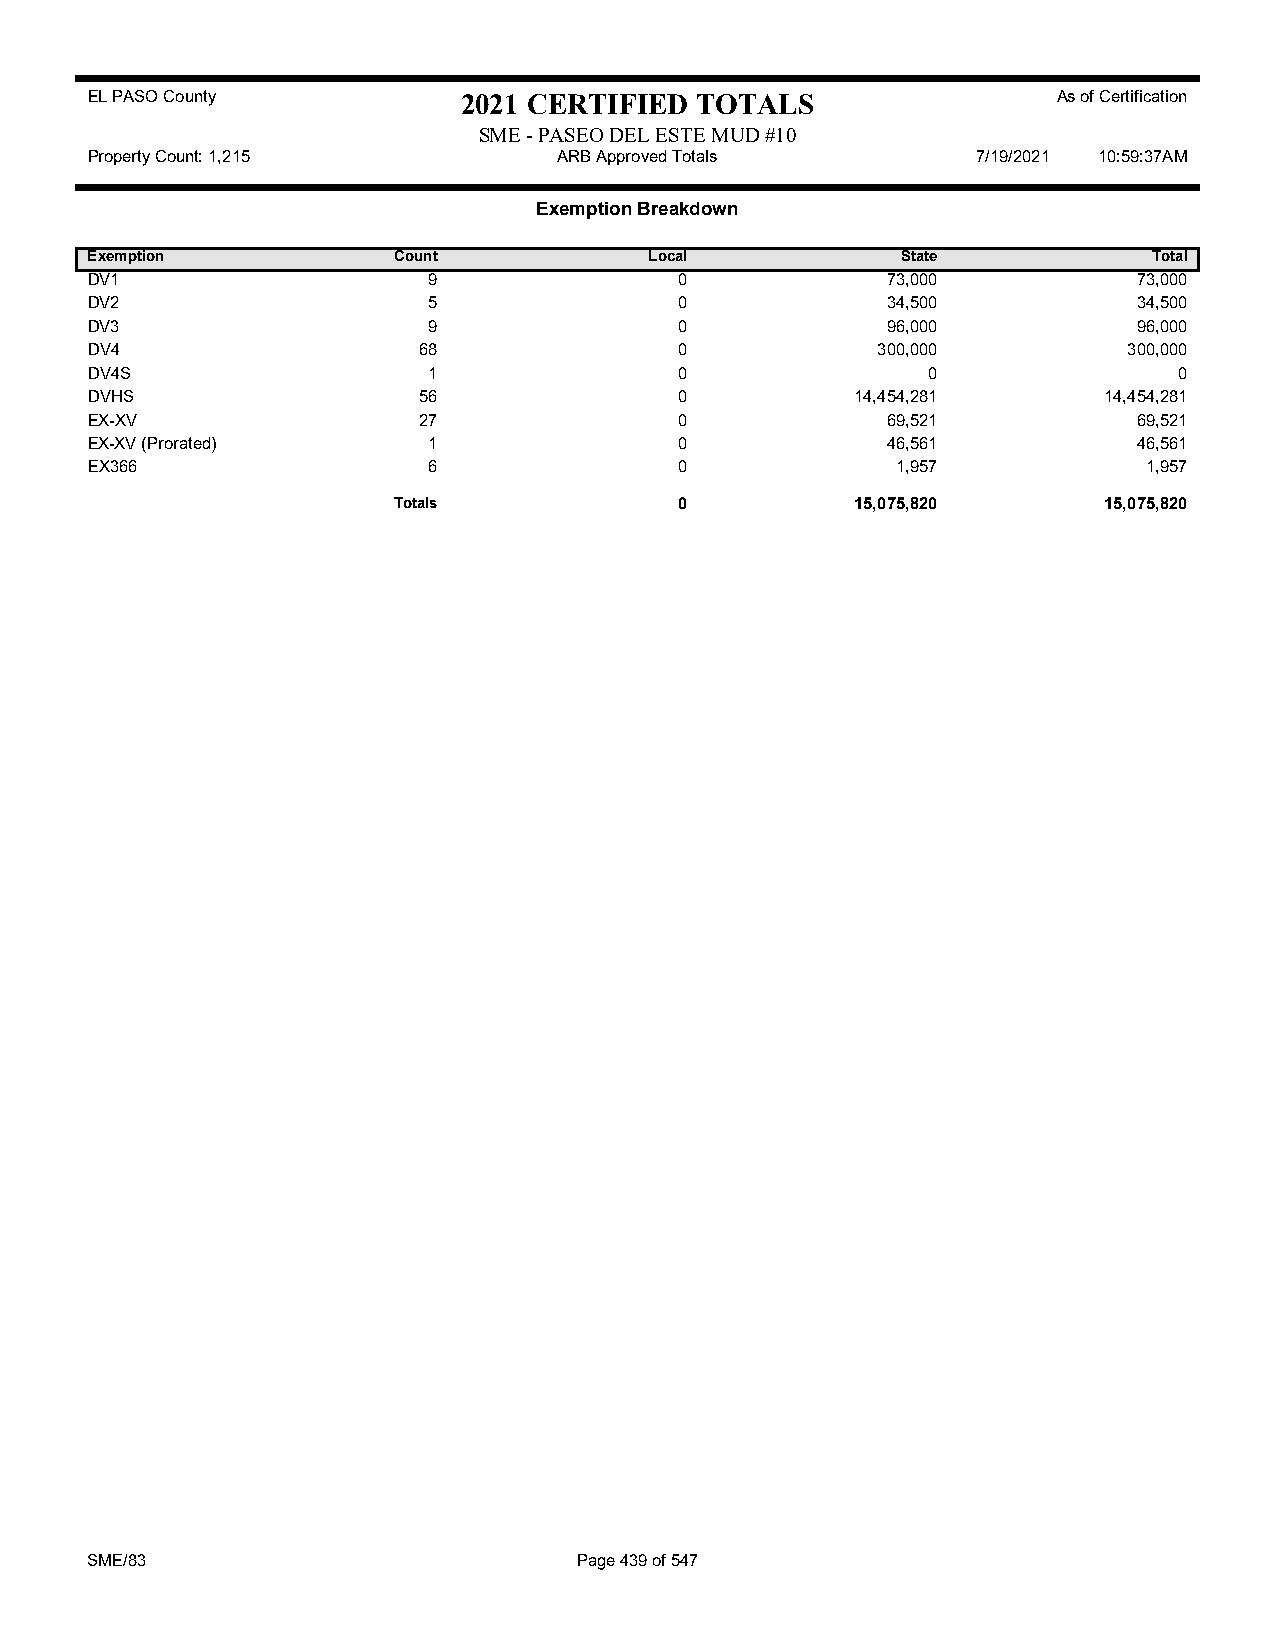
EL PASO County           2021 CERTIFIED TOTALS                  As of Certification
 SME - PASEO DEL ESTE MUD #10
 Property Count: 1,215          ARB Approved Totals         7/19/2021 10:59:37AM
 Exemption Breakdown
 Exemption           Count            Local            State           Total
 DV1                   9                0             73,000          73,000
 DV2                   5                0             34,500          34,500
 DV3                   9                0             96,000          96,000
 DV4                   68               0            300,000          300,000
 DV4S                  1                0               0                0
 DVHS                  56               0           14,454,281      14,454,281
 EX-XV                 27               0             69,521          69,521
 EX-XV (Prorated)      1                0             46,561          46,561
 EX366                 6                0             1,957            1,957
 Totals             0           15,075,820      15,075,820
 SME/83                          Page 439 of 547